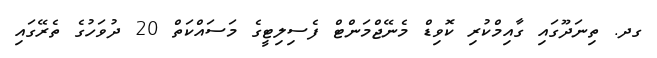
ގދ. ތިނަދޫގައި ގާއިމްކުރި ކޮވިޑް މެނޭޖްމަންޓް ފެސިލިޓީގެ މަސައްކަތް 20 ދުވަހުގެ ތެރޭގައި